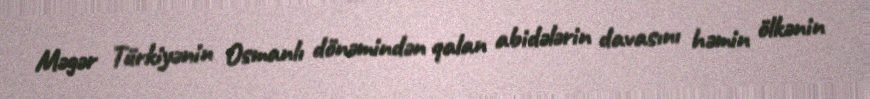
Məgər Türkiyənin Osmanlı dönəmindən qalan abidələrin davasını həmin ölkənin